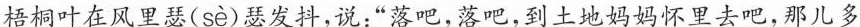
梧桐叶在风里瑟( sè )瑟发抖，说：”落吧，落吧，到土地妈妈怀里去吧，那儿多